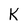
Character: K